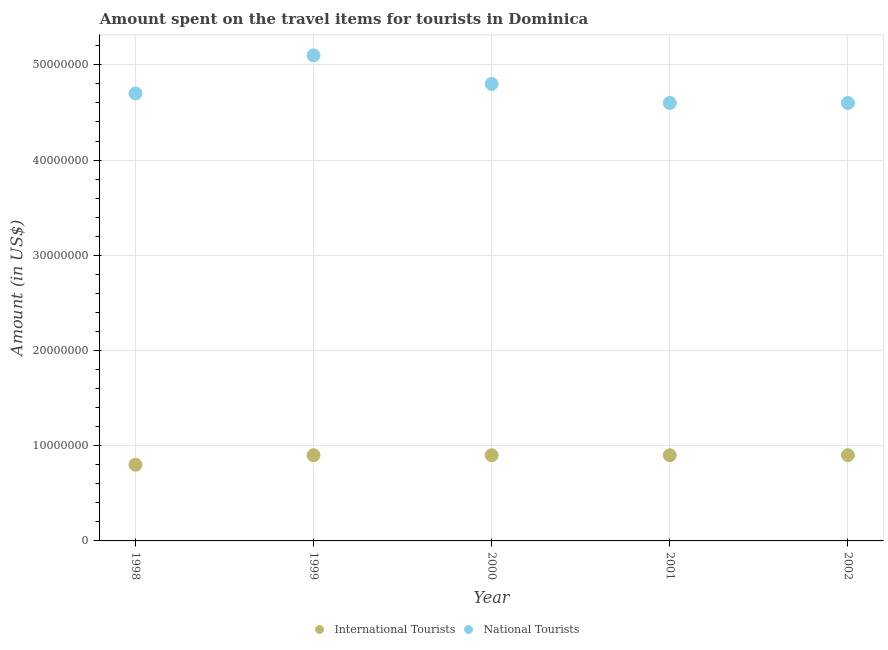
| Year | International Tourists | National Tourists |
 | --- | --- | --- |
 | 1998 | 8e+06 | 4.7e+07 |
 | 1999 | 9e+06 | 5.1e+07 |
 | 2000 | 9e+06 | 4.8e+07 |
 | 2001 | 9e+06 | 4.6e+07 |
 | 2002 | 9e+06 | 4.6e+07 |